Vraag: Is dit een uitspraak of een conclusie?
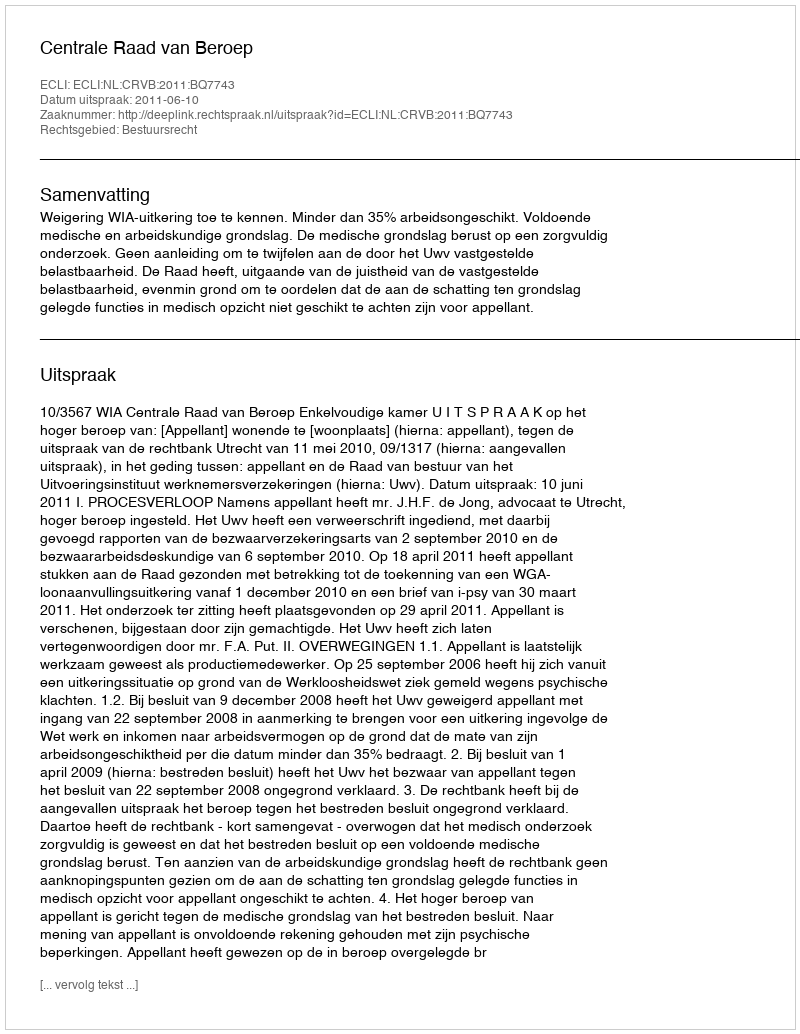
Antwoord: Uitspraak